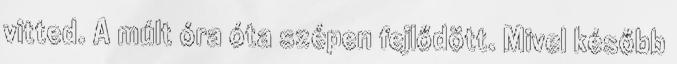
vitted. A múlt óra óta szépen fejlődött. Mivel később